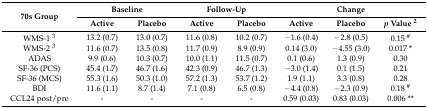
| <ROWSPAN=2> 70s Group | <COLSPAN=2> Baseline | <COLSPAN=2> Follow-Up | <COLSPAN=3> Change |
 | Active | Placebo | Active | Placebo | Active | Placebo | p Value 2 |
 | --- | --- | --- | --- | --- | --- | --- | --- |
 | WMS-1 3 | 13.2 (0.7) | 13.0 (0.7) | 11.6 (0.8) | 10.2 (0.7) | −1.6 (0.4) | −2.8 (0.5) | 0.15 # |
 | WMS-2 3 | 11.6 (0.7) | 13.5 (0.8) | 11.7 (0.9) | 8.9 (0.9) | 0.14 (3.0) | −4.55 (3.0) | 0.017 * |
 | ADAS | 9.9 (0.6) | 10.3 (0.7) | 10.0 (1.1) | 11.5 (0.7) | 0.1 (0.6) | 1.3 (0.9) | 0.30 |
 | SF-36 (PCS) | 45.4 (1.7) | 46.7 (1.6) | 42.3 (0.9) | 46.7 (1.3) | −3.0 (1.4) | 0.1 (1.5) | 0.21 |
 | SF-36 (MCS) | 55.3 (1.6) | 50.3 (1.0) | 57.2 (1.3) | 53.7 (1.2) | 1.9 (1.1) | 3.3 (0.8) | 0.28 |
 | BDI | 11.6 (1.1) | 8.7 (1.4) | 7.1 (0.8) | 6.5 (0.8) | −4.4 (0.8) | −2.3 (0.9) | 0.18 # |
 | CCL24 post/pre | - | - | - | - | 0.59 (0.03) | 0.83 (0.03) | 0.006 ** |